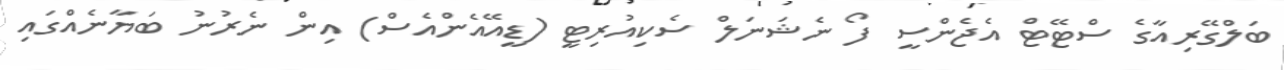
ބަލްގޭރިއާގެ ސްޓޭޓް އެޖެންސީ ފޯ ނެޝަނަލް ސެކިއުރިޓީ (ޑީއޭއެންއެސް) އިން ނެރުނު ބަޔާނެއްގައި